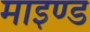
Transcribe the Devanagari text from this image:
माइण्ड